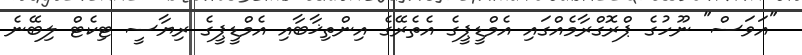
"އަވަސް" ނޫހުގެ ޕްރޮގްރާމެއްގައި އެމްޑީޕީގެ އެތެރޭގެ އިންތިޚާބާއި އެމްޑީޕީގެ ރިޔާސީ ޓިކެޓް ލިބޭނެ